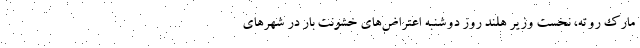
مارک روته، نخست وزیر هلند روز دوشنبه اعتراض‌های خشونت بار در شهر‌های